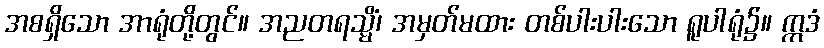
အစရှိသော အာရုံတို့တွင်။ အညတရသ္မိံ၊ အမှတ်မထား တစ်ပါးပါးသော ရူပါရုံ၌။ ဣဒံ